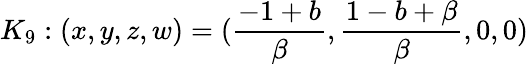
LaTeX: K_{9}:(x,y,z,w)=(\frac{-1+b}{\beta},\frac{1-b+\beta}{\beta},0,0)